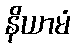
နိယာမံ